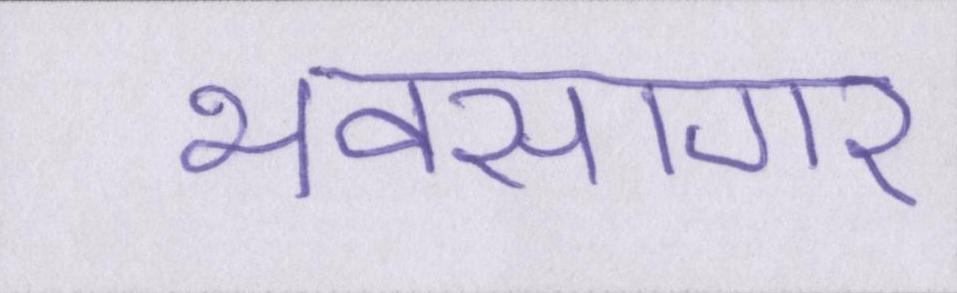
भवसागर